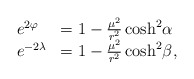
\begin{align*} \begin{array}{ll}e^{2\varphi} & = 1 - \frac{\mu^2}{r^2} \cosh^2\!\alpha \\e^{-2\lambda} & = 1- \frac{\mu^2}{r^2} \cosh^2\! \beta ,\end{array}\end{align*}